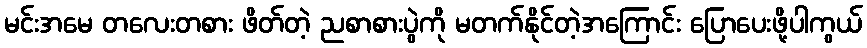
မင်းအမေ တလေးတစား ဖိတ်တဲ့ ညစာစားပွဲကို မတက်နိုင်တဲ့အကြောင်း ပြောပေးဖို့ပါကွယ်